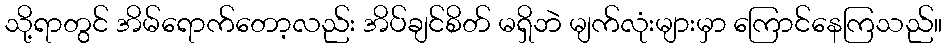
သို့ရာတွင် အိမ်ရောက်တော့လည်း အိပ်ချင်စိတ် မရှိဘဲ မျက်လုံးများမှာ ကြောင်နေကြသည်။